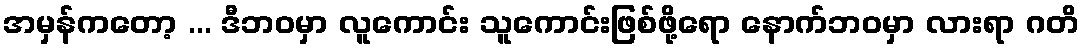
အမှန်ကတော့ ... ဒီဘဝမှာ လူကောင်း သူကောင်းဖြစ်ဖို့ရော နောက်ဘဝမှာ လားရာ ဂတိ